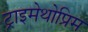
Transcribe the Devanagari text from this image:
ट्राइमेथोप्रिम